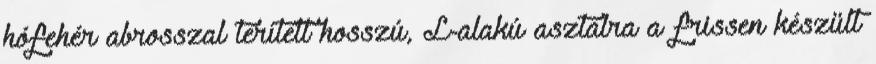
hófehér abrosszal terített hosszú, L-alakú asztalra a frissen készült